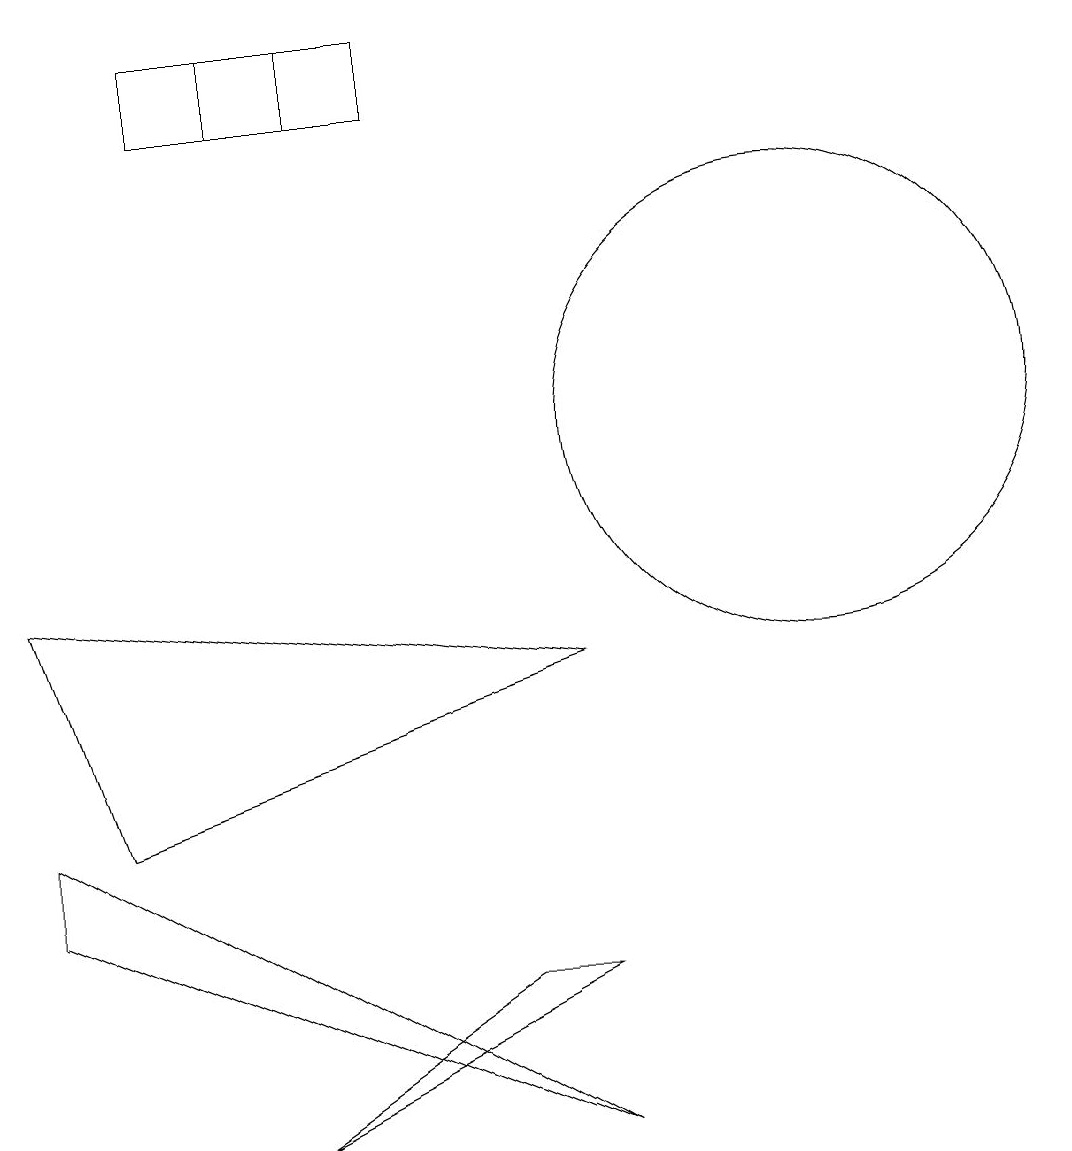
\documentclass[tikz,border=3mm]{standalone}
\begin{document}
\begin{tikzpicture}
\draw (7,1) -- (0,4) -- (0,5) -- cycle;
\draw (10,10) circle (3);
\draw (3,1) -- (7,3) -- (6,3) -- cycle;
\draw (3,14) rectangle (4,15);
\draw (7,7) -- (0,8) -- (1,5) -- cycle;
\draw (5,14) rectangle (2,15);
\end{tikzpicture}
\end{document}